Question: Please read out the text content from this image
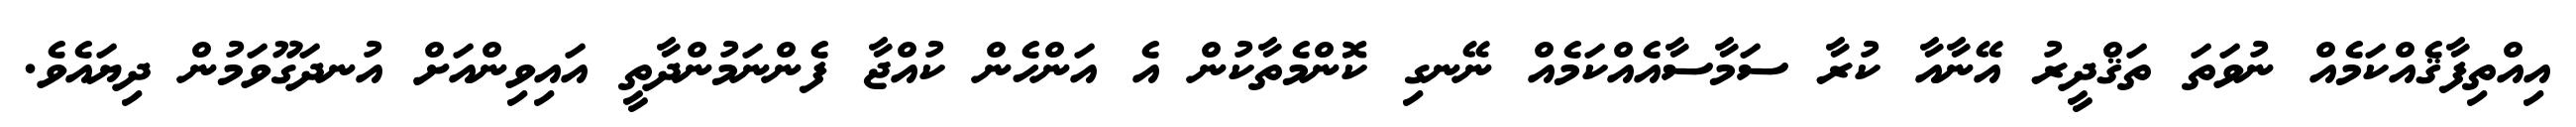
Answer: އިއްތިފާޤެއްކަމެއް ނުވަތަ ތަޤްދީރު އޭނާއާ ކުރާ ސަމާސާއެއްކަމެއް ނޭނގި ކޮންމެތާކުން އެ އަންހެން ކުއްޖާ ފެންނަމުންދާތީ އައިވިންއަށް އުނދަގޫވަމުން ދިޔައެވެ.